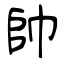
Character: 帥